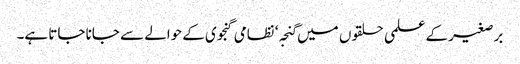
برصغیر کے علمی حلقوں میں گنجہ‘ نظامی گنجوی کے حوالے سے جانا جاتا ہے۔